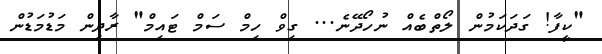
"ކީފާ! ގަދަކަމުން ލޯތްބެއް ނުހޯދޭނެ... ގިވް ހިމް ސަމް ޓައިމް" ރާދިން މަޑުމަޑުން